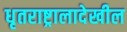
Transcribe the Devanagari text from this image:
धृतराष्ट्रालादेखील